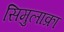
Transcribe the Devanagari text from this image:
सिमुलाक्रा